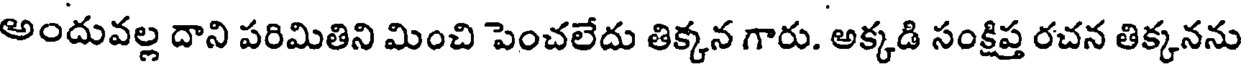
అందువల్ల దాని పరిమితిని మించి పెంచలేదు తిక్కన గారు. అక్కడి సంక్షిప్త రచన తిక్కనను